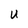
Character: u